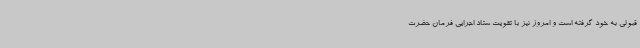
قبولی به خود گرفته است و امروز نیز با تقویت ستاد اجرایی فرمان حضرت